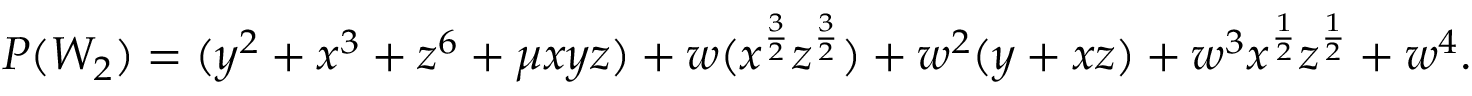
\begin{array} { l c r } { { P ( W _ { 2 } ) = ( y ^ { 2 } + x ^ { 3 } + z ^ { 6 } + \mu x y z ) + w ( x ^ { { \frac { 3 } { 2 } } } z ^ { { \frac { 3 } { 2 } } } ) + w ^ { 2 } ( y + x z ) + w ^ { 3 } x ^ { { \frac { 1 } { 2 } } } z ^ { { \frac { 1 } { 2 } } } + w ^ { 4 } . } } \end{array}